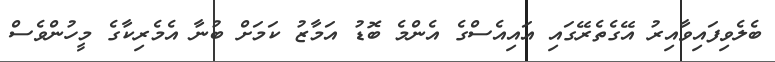
ބެލެވިފައިވާއިރު އޭގެތެރޭގައި އައިއެސްގެ އެންމެ ބޮޑު އަމާޒު ކަމަށް ބުނާ އެމެރިކާގެ މީހުންވެސް